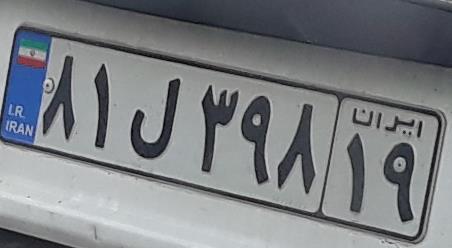
۸۱ل۳۹۸۱۹